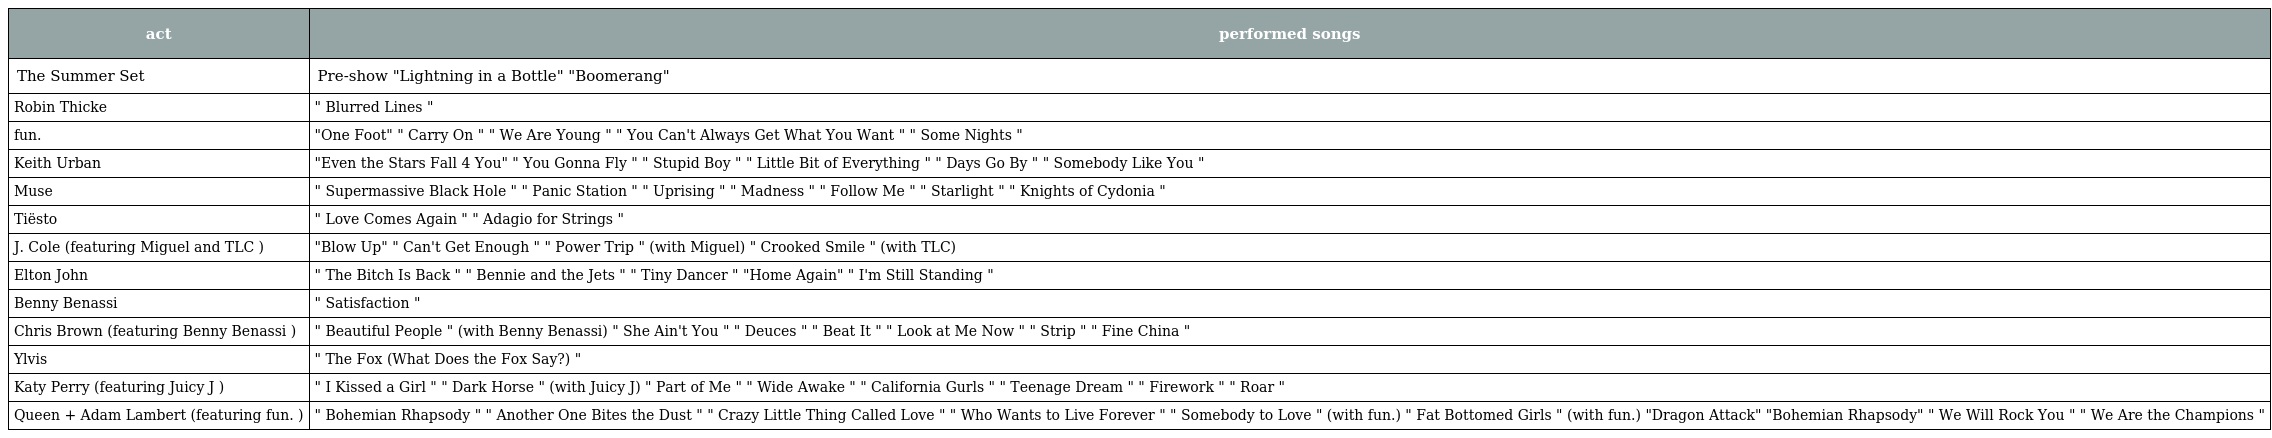
| act | performed songs |
 | --- | --- |
 | The Summer Set | Pre-show "Lightning in a Bottle" "Boomerang" |
 | Robin Thicke | " Blurred Lines " |
 | fun. | "One Foot" " Carry On " " We Are Young " " You Can't Always Get What You Want " " Some Nights " |
 | Keith Urban | "Even the Stars Fall 4 You" " You Gonna Fly " " Stupid Boy " " Little Bit of Everything " " Days Go By " " Somebody Like You " |
 | Muse | " Supermassive Black Hole " " Panic Station " " Uprising " " Madness " " Follow Me " " Starlight " " Knights of Cydonia " |
 | Tiësto | " Love Comes Again " " Adagio for Strings " |
 | J. Cole (featuring Miguel and TLC ) | "Blow Up" " Can't Get Enough " " Power Trip " (with Miguel) " Crooked Smile " (with TLC) |
 | Elton John | " The Bitch Is Back " " Bennie and the Jets " " Tiny Dancer " "Home Again" " I'm Still Standing " |
 | Benny Benassi | " Satisfaction " |
 | Chris Brown (featuring Benny Benassi ) | " Beautiful People " (with Benny Benassi) " She Ain't You " " Deuces " " Beat It " " Look at Me Now " " Strip " " Fine China " |
 | Ylvis | " The Fox (What Does the Fox Say?) " |
 | Katy Perry (featuring Juicy J ) | " I Kissed a Girl " " Dark Horse " (with Juicy J) " Part of Me " " Wide Awake " " California Gurls " " Teenage Dream " " Firework " " Roar " |
 | Queen + Adam Lambert (featuring fun. ) | " Bohemian Rhapsody " " Another One Bites the Dust " " Crazy Little Thing Called Love " " Who Wants to Live Forever " " Somebody to Love " (with fun.) " Fat Bottomed Girls " (with fun.) "Dragon Attack" "Bohemian Rhapsody" " We Will Rock You " " We Are the Champions " |